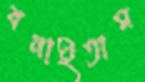
বনাইতাম